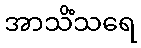
အာသိံသရေ